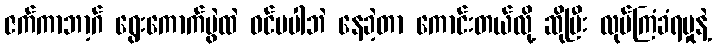
ဇက်ကာဘာ့ဂ် ရွေးကောက်ပွဲထဲ ဝင်မပါဘဲ နေခဲ့တာ ကောင်းတယ်လို့ ဆိုပြီး လုပ်ကြံခံရမှုနဲ့